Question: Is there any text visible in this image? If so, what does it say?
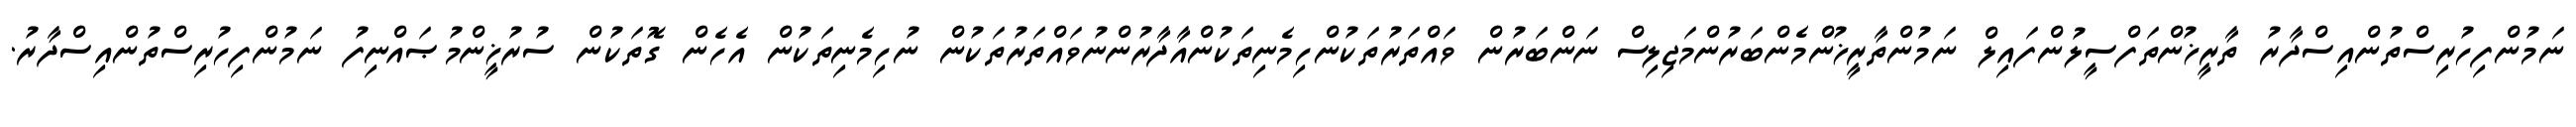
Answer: ނަމުންފިހުރިސްތުންއިސްދާރު ތާރީޚުންތަފްސީލުންފައިލް ނަމުންތާރީޚުންމެންބަރުންމަޖިލިސް ނަންބަރުން ވައްތަރުތަކުންހިމެނިތަކުންއާދާރުންނުވައްތަރުތަކުން ނުހިމެނިތަކުން އެހެން ގޮތަކުން ސުރުޚީންމުޞައްނިފު ނަމުންފިހުރިސްތުންއިސްދާރު.